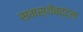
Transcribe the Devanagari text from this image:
समस्येबद्दल